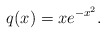
\begin{align*}q(x)=xe^{-x^{2}}. \end{align*}